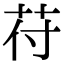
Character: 苻